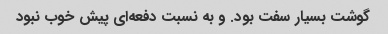
گوشت بسیار سفت بود. و به نسبت دفعه‌ای پیش خوب نبود